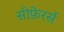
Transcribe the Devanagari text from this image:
सीफ़ेरर्स